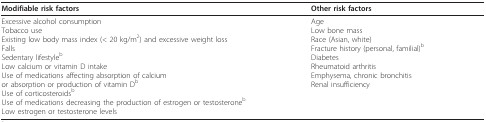
| Modifiable risk factors | Other risk factors |
 | --- | --- |
 | Excessive alcohol consumptionTobacco useExisting low body mass index (< 20 kg/m2) and excessive weight lossFallsSedentary lifestylebLow calcium or vitamin D intakeUse of medications affecting absorption of calciumor absorption or production of vitamin DbUse of corticosteroidsbUse of medications decreasing the production of estrogen or testosteronebLow estrogen or testosterone levels | AgeLow bone massRace (Asian, white)Fracture history (personal, familial)bDiabetesRheumatoid arthritisEmphysema, chronic bronchitisRenal insufficiency |